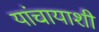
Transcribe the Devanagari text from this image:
यांचायाशी